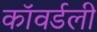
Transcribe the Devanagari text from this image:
कॉवर्डली